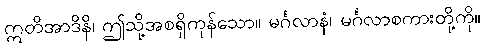
ဣတိအာဒိနိ၊ ဤသို့အစရှိကုန်သော။ မင်္ဂလာနံ၊ မင်္ဂလာစကားတို့ကို။